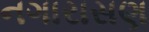
નગારાસણ